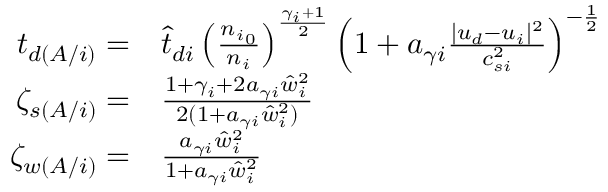
\begin{array} { r l } { t _ { d ( A / i ) } = } & { { } \hat { t } _ { d i } \left( \frac { { n _ { i } } _ { 0 } } { { n _ { i } } } \right) ^ { \frac { \gamma _ { i } + 1 } { 2 } } \left( 1 + a _ { \gamma i } \frac { | { u _ { d } } - { u _ { i } } | ^ { 2 } } { c _ { s i } ^ { 2 } } \right) ^ { - \frac 1 2 } } \\ { \zeta _ { s ( A / i ) } = } & { { } \frac { 1 + \gamma _ { i } + 2 a _ { \gamma i } \hat { w } _ { i } ^ { 2 } } { 2 ( 1 + a _ { \gamma i } \hat { w } _ { i } ^ { 2 } ) } } \\ { \zeta _ { w ( A / i ) } = } & { { } \frac { a _ { \gamma i } \hat { w } _ { i } ^ { 2 } } { 1 + a _ { \gamma i } \hat { w } _ { i } ^ { 2 } } } \end{array}